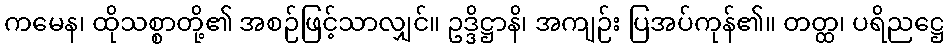
ကမေန၊ ထိုသစ္စာတို့၏ အစဉ်ဖြင့်သာလျှင်။ ဥဒ္ဒိဋ္ဌာနိ၊ အကျဉ်း ပြအပ်ကုန်၏။ တတ္ထ၊ ပရိညဋ္ဌေ